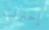
إحترقت